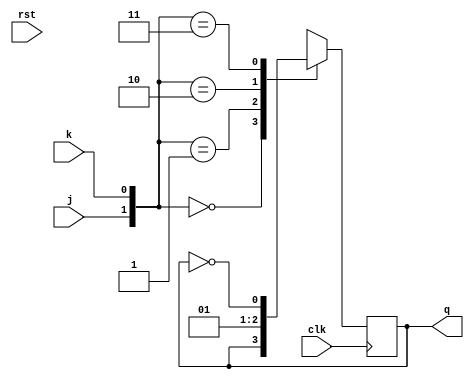
module jk(j,k,clk,rst,q);
    input clk,j,k,rst;
    output reg q;


    //now as we know its a ff so there must be posedge and <=

    always @(posedge clk) begin
            case({j,k}) 
                2'b00 : q<= q;
                2'b01 : q<= 0;
                2'b10 : q<= 1;
                2'b11 : q<=~q;
            endcase   
    end
endmodule